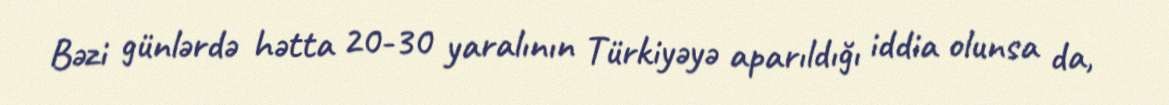
Bəzi günlərdə hətta 20-30 yaralının Türkiyəyə aparıldığı iddia olunsa da,